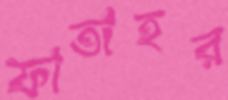
ফাতাহর